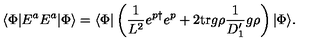
\langle \Phi | E ^ { a } E ^ { a } | \Phi \rangle = \langle \Phi | \left( \frac { 1 } { L ^ { 2 } } e ^ { p \dagger } e ^ { p } + 2 \mathrm { t r } g \rho \frac { 1 } { D _ { 1 } ^ { \prime } } g \rho \right) | \Phi \rangle .